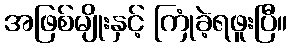
အဖြစ်မျိုးနှင့် ကြုံခဲ့ရဖူးပြီ။